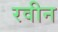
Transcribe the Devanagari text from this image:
रवीन